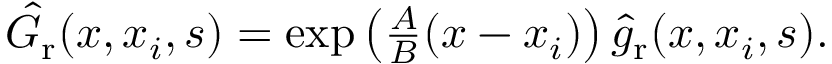
\begin{array} { r } { \hat { G } _ { \mathrm { r } } ( x , x _ { i } , s ) = \exp \left( \frac { A } { B } ( x - x _ { i } ) \right) \hat { g } _ { \mathrm { r } } ( x , x _ { i } , s ) . } \end{array}